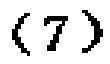
\langle 7 \rangle